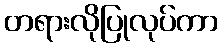
တရားလိုပြုလုပ်ကာ